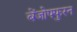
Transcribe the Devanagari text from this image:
बेंजोफ्फुरन